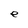
Character: e